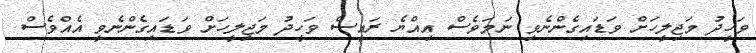
ވަހީދު މަޖިލީހަށް ވަޑައިގެންނެވި ނަމަވެސް އިއްޔެ ރައީސް ވަހީދު މަޖިލީހަށް ވަޑައިގެންނެވީ އެއްވެސް